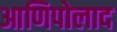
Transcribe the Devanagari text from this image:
आणिपोलाद